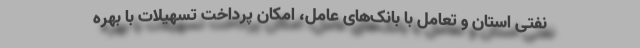
نفتی استان و تعامل با بانک‌های عامل، امکان پرداخت تسهیلات با بهره